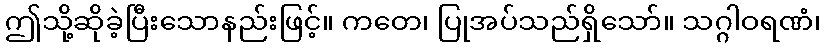
ဤသို့ဆိုခဲ့ပြီးသောနည်းဖြင့်။ ကတေ၊ ပြုအပ်သည်ရှိသော်။ သဂ္ဂါဝရဏံ၊